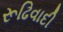
રૂઢિવાદી